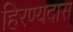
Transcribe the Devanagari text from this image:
हिरण्यदास